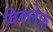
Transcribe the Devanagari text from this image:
विक्लेफ़